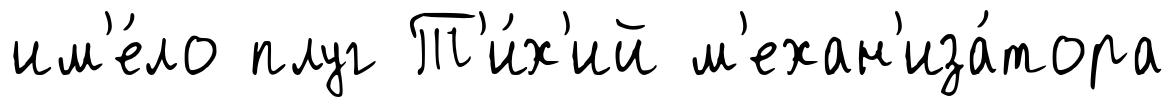
им'е́ло плуг Т'и́х'ий м'ехан'иза́тора